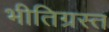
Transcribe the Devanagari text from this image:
भीतिग्रस्त